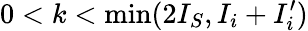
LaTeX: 0<k<{\textrm{min}}(2I_{S},I_{i}+I_{i}^{\prime})